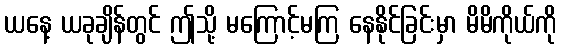
ယနေ့ ယခုချိန်တွင် ဤသို့ မကြောင့်မကြ နေနိုင်ခြင်းမှာ မိမိကိုယ်ကို